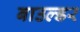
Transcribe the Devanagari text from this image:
बाउल्डर